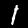
Digit: 1